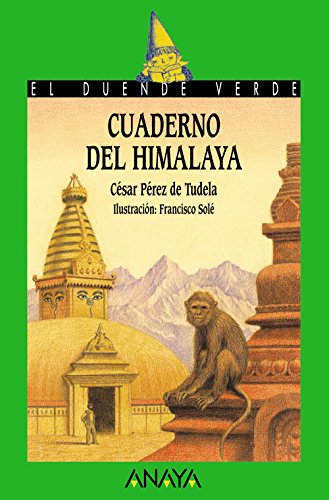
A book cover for Cuaderno Del Himalaya / Himalaya Notes (El Duende Verde / the Green Elf) (Spanish Edition); Cesar Perez de Tudela; Teen & Young Adult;